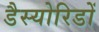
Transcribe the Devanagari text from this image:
डैस्योरिडों